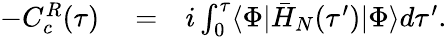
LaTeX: \begin{array}{rlr}{-C_{c}^{R}(\tau)}&{{}=}&{i\int_{0}^{\tau}\langle\Phi|\bar{H}_{N}(\tau^{\prime})|\Phi\rangle d\tau^{\prime}.}\end{array}